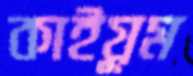
কাইয়ূম